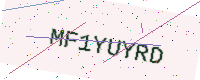
Text: MF1YUYRD